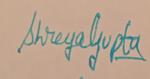
Signature authenticity: genuine